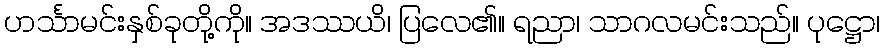
ဟင်္သာမင်းနှစ်ခုတို့ကို။ အဒဿယိ၊ ပြလေ၏။ ရညာ၊ သာဂလမင်းသည်။ ပုဋ္ဌော၊